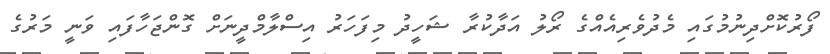
ފޯރުކޮށްދިނުމުގައި މެދުވެރިއެއްގެ ރޯލު އަދާކުރާ ޝަހީދު މިފަހަރު އިސްލާމްދީނަށް ގޮންޖަހާފައި ވަނީ މަރުގެ